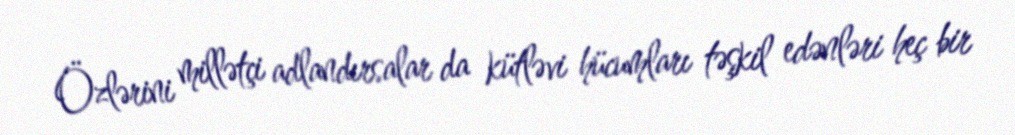
Özlərini millətçi adlandırsalar da kütləvi hücumları təşkil edənləri heç bir